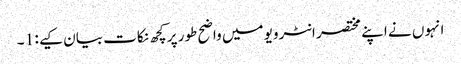
انہوں نے اپنے مختصر انٹرویو میں واضح طور پر کچھ نکات بیان کیے : 1 ۔